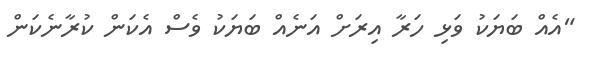
"އެއް ބަޔަކު ވަޅި ހަރާ އިރަށް އަނެއް ބަޔަކު ވެސް އެކަން ކުރާނެކަން